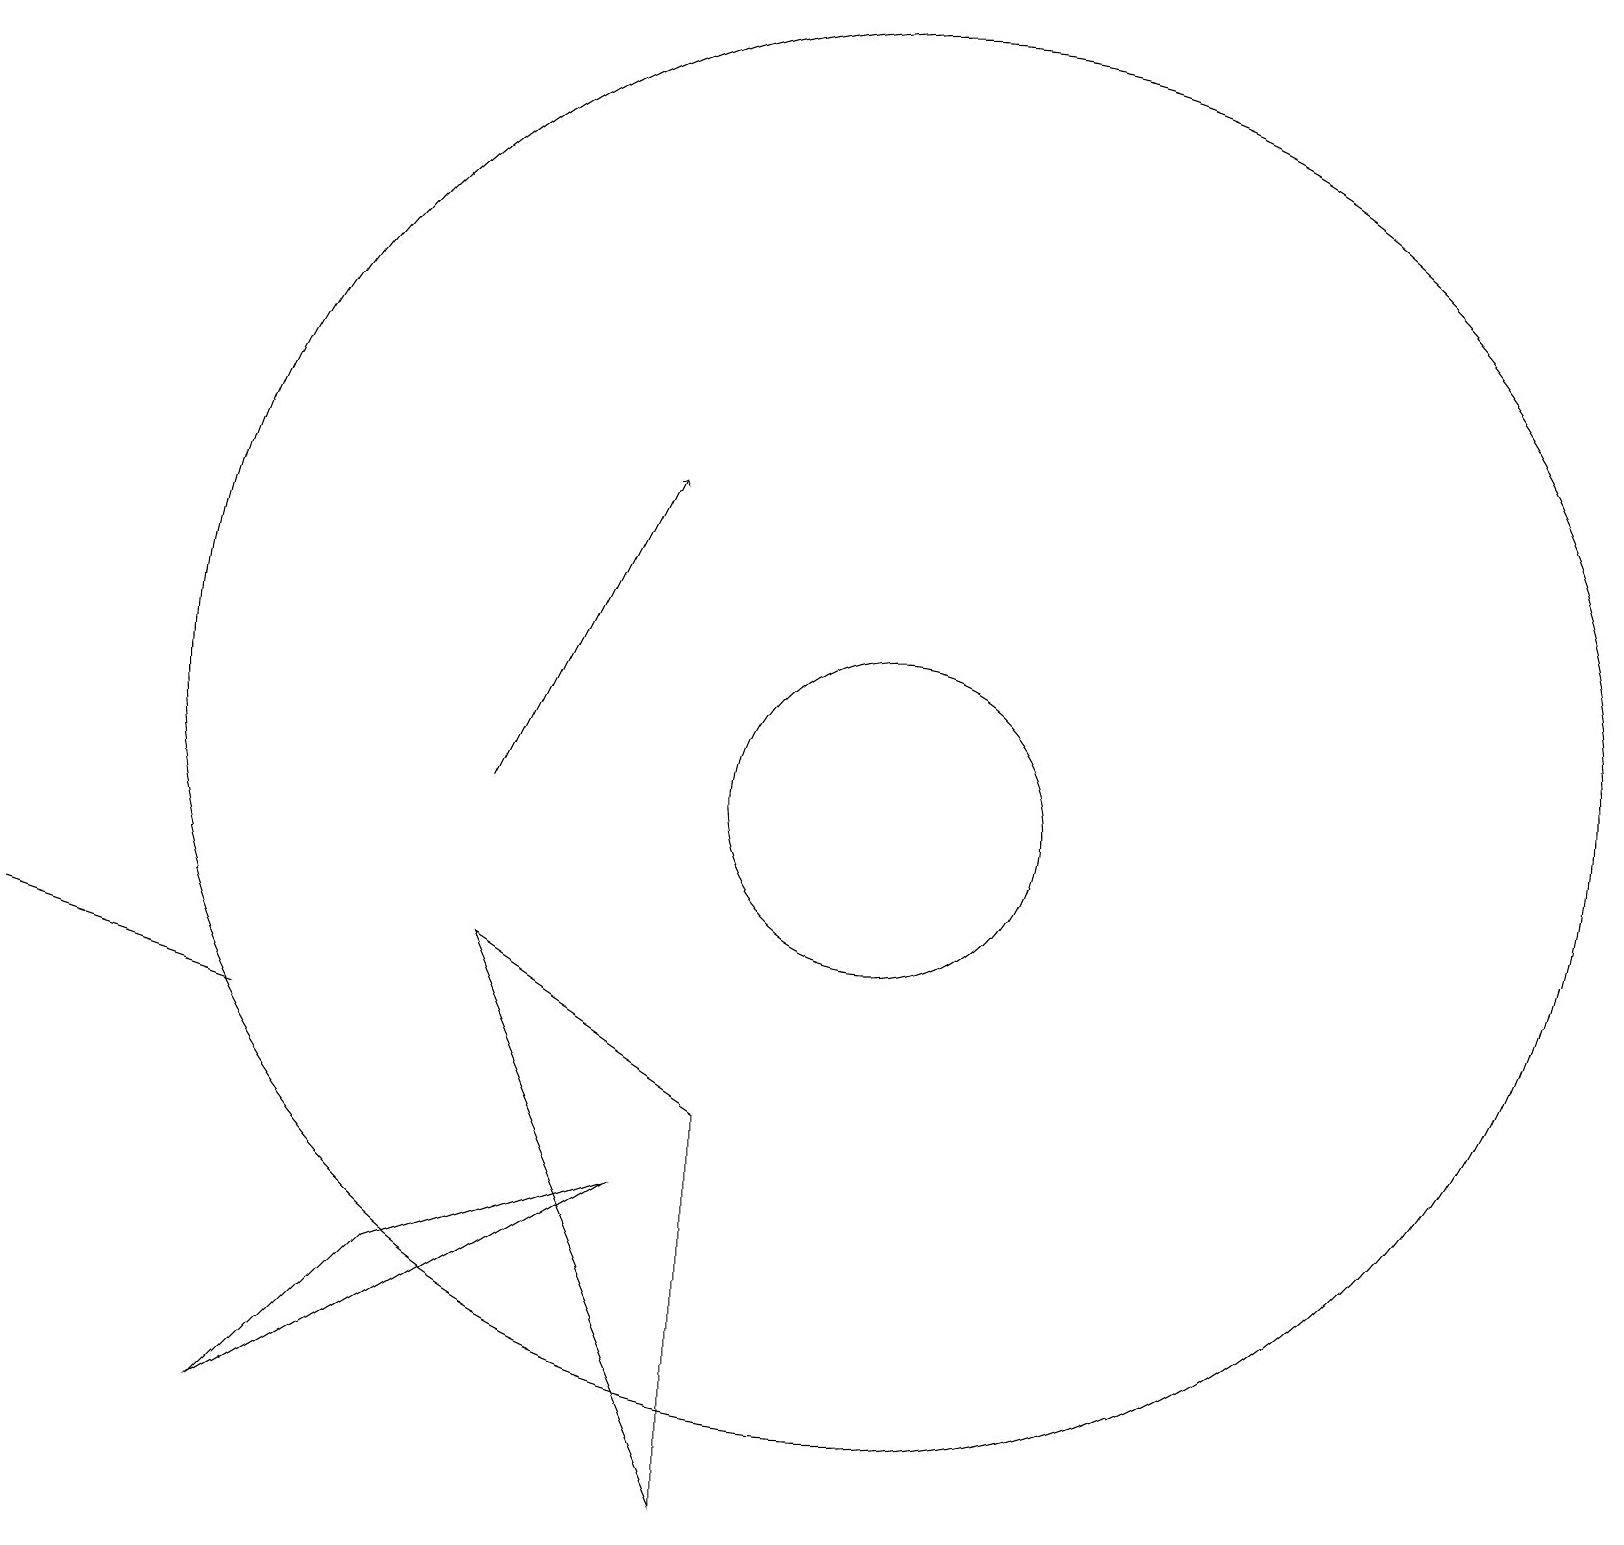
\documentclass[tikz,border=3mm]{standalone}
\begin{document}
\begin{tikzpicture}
\draw (9,2) -- (9,7) -- (6,9) -- cycle;
\draw (11,11) circle (2);
\draw (11,12) circle (9);
\draw (3,8) -- (0,9) -- (0,9) -- cycle;
\draw[->] (6,11) -- (8,15);
\draw (8,6) -- (3,3) -- (5,5) -- cycle;
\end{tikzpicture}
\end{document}